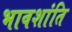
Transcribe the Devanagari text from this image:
भावशांति